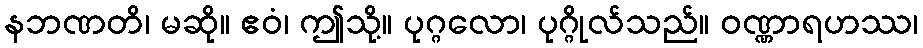
နဘဏတိ၊ မဆို။ ဧဝံ၊ ဤသို့။ ပုဂ္ဂလော၊ ပုဂ္ဂိုလ်သည်။ ဝဏ္ဏာရဟဿ၊